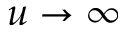
u \rightarrow \infty